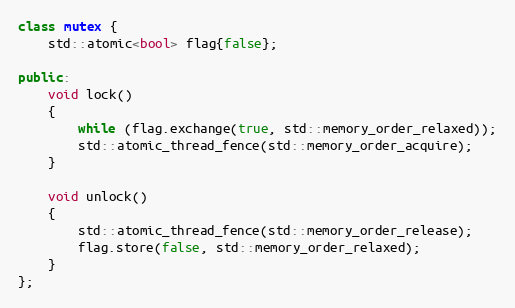
Language: C++
class mutex {
    std::atomic<bool> flag{false};

public:
    void lock()
    {
        while (flag.exchange(true, std::memory_order_relaxed));
        std::atomic_thread_fence(std::memory_order_acquire);
    }

    void unlock()
    {
        std::atomic_thread_fence(std::memory_order_release);
        flag.store(false, std::memory_order_relaxed);
    }
};